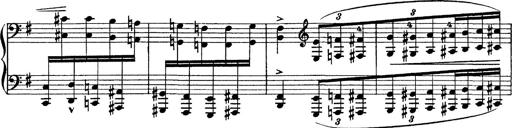
Title: Tarantelle di bravura dâ€™aprÃ¨s la tarantelle de La muette de Portici
Composer: Franz Liszt